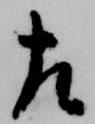
左